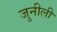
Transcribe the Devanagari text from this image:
जुनीली